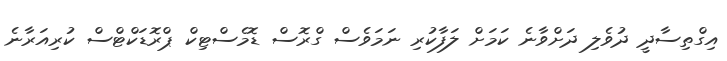
އިގްތިސާދީ ދުވެލި ދަށްވާނެ ކަމަށް ލަފާކުރި ނަމަވެސް ގްރޮސް ޑޮމެސްޓިކް ޕްރޮޑަކްޓްސް ކުރިއަރާނެ